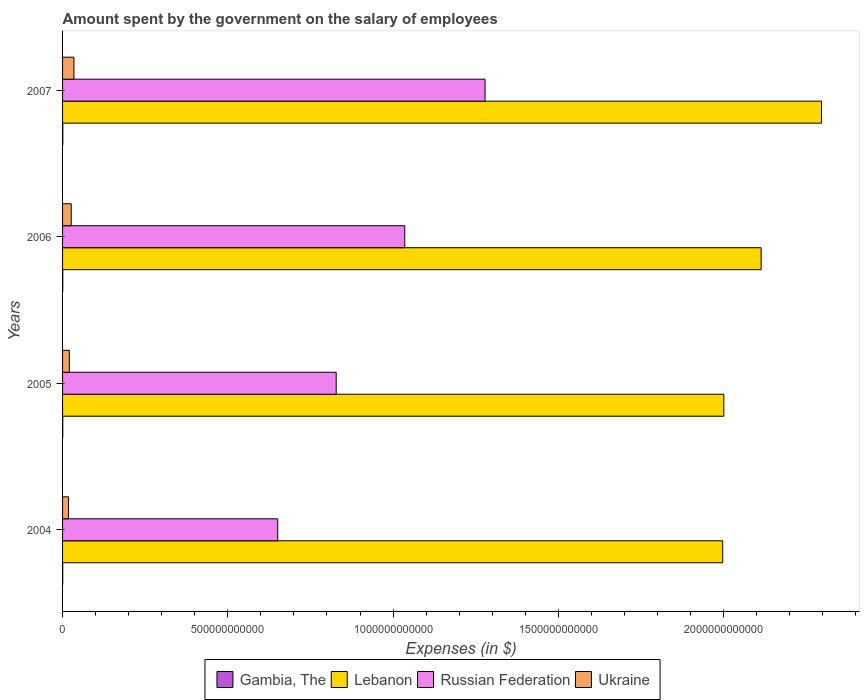
| Years | Gambia, The | Lebanon | Russian Federation | Ukraine |
 | --- | --- | --- | --- | --- |
 | 2004 | 5.18e+08 | 2e+12 | 6.51e+11 | 1.79e+10 |
 | 2005 | 5.5e+08 | 2e+12 | 8.28e+11 | 2.04e+10 |
 | 2006 | 6.52e+08 | 2.11e+12 | 1.04e+12 | 2.62e+10 |
 | 2007 | 6.8e+08 | 2.3e+12 | 1.28e+12 | 3.44e+10 |